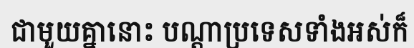
ជាមួយគ្នានោះ បណ្តាប្រទេសទាំងអស់ក៏